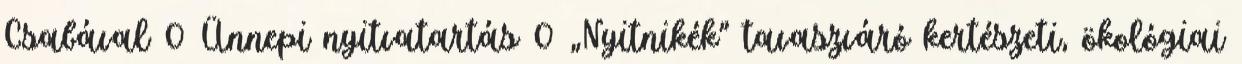
Csabával 0 Ünnepi nyitvatartás 0 „Nyitnikék” tavaszváró kertészeti, ökológiai